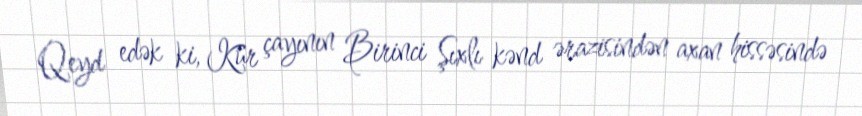
Qeyd edək ki, Kür çayının Birinci Şıxlı kənd ərazisindən axan hissəsində